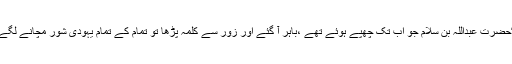
“حضرت عبداللہ بن سلام ؓجو اب تک چھپے ہوئے تھے ،باہر آ گئے اور زور سے کلمہ پڑھا تو تمام کے تمام یہودی شور مچانے لگے۔